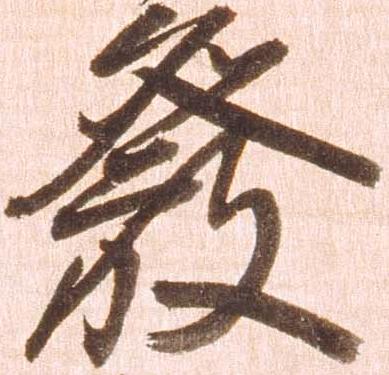
発